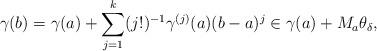
LaTeX: \begin{align*}\gamma(b) = \gamma(a) + \sum_{j=1}^k (j!)^{-1} \gamma^{(j)}(a)(b-a)^j \in \gamma(a) + M_a \theta_{\delta},\end{align*}